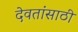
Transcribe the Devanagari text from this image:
देवतांसाठी